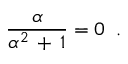
\frac { \alpha } { \alpha ^ { 2 } \, + \, 1 } = 0 \; \; .